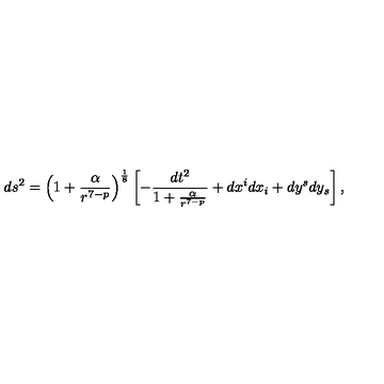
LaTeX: d s ^ { 2 } = \left( 1 + \frac { \alpha } { r ^ { 7 - p } } \right) ^ { \frac { 1 } { 8 } } \left[ - \frac { d t ^ { 2 } } { 1 + \frac { \alpha } { r ^ { 7 - p } } } + d x ^ { i } d x _ { i } + d y ^ { s } d y _ { s } \right] ,